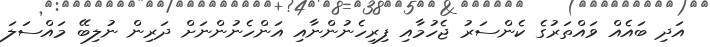
އަދި ބައެއް ވައްތަރުގެ ކެންސަރު ޖެހުމާއި ފިރިހެނުންނާއި އަންހެނުންނަށް ދަރިން ނުލިބޭ މައްސަލަ